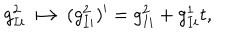
g _ { I i } ^ { 2 } \longmapsto ( g _ { I i } ^ { 2 } ) ^ { \prime } = g _ { I i } ^ { 2 } + g _ { I i } ^ { 1 } t ,